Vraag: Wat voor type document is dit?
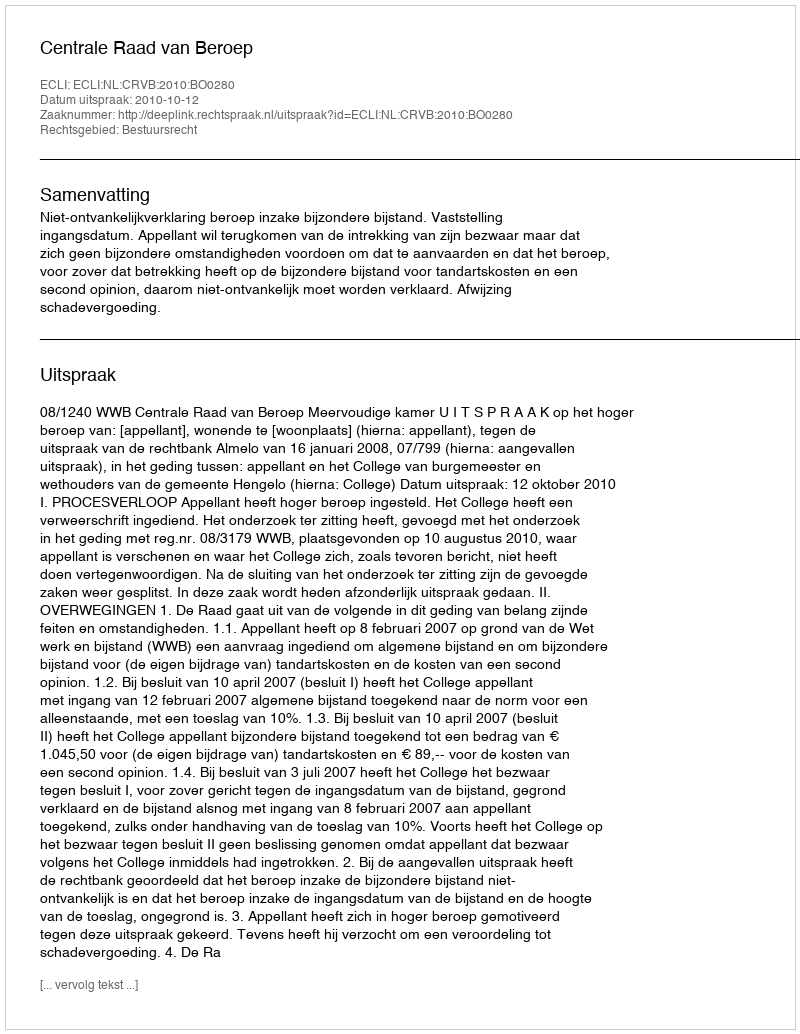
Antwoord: Uitspraak